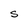
Character: S